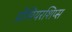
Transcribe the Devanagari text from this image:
प्रीमियरशिप्स